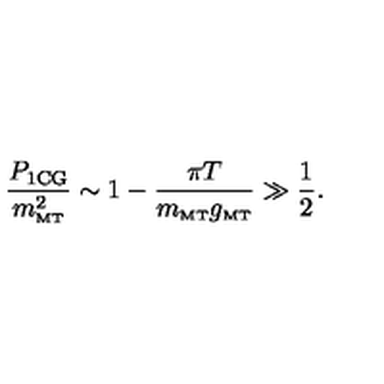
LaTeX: \frac { P _ { \mathrm { 1 C G } } } { m _ { \mathrm { \scriptscriptstyle { M T } } } ^ { 2 } } \sim 1 - \frac { \pi T } { m _ { \mathrm { \scriptscriptstyle { M T } } } g _ { \mathrm { \scriptscriptstyle { M T } } } } \gg \frac { 1 } { 2 } .